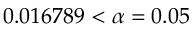
0 . 0 1 6 7 8 9 < \alpha = 0 . 0 5